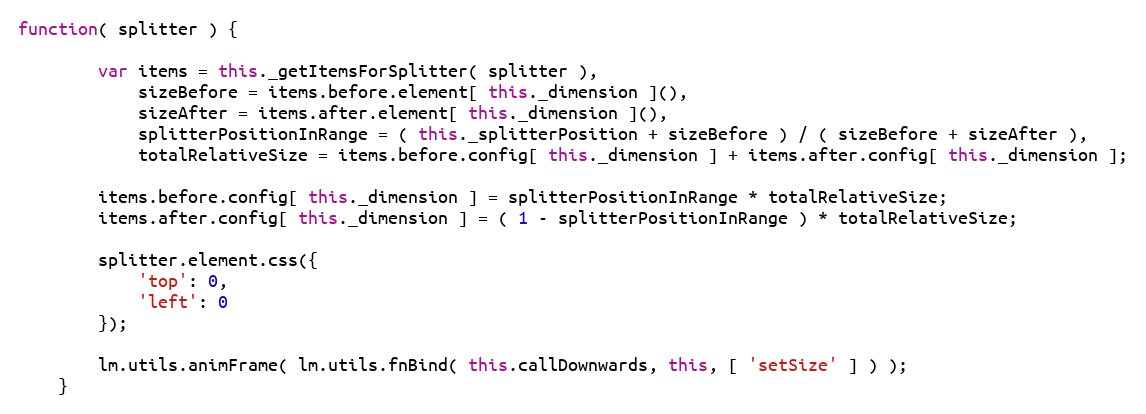
Language: JavaScript
function( splitter ) {

		var items = this._getItemsForSplitter( splitter ),
			sizeBefore = items.before.element[ this._dimension ](),
			sizeAfter = items.after.element[ this._dimension ](),
			splitterPositionInRange = ( this._splitterPosition + sizeBefore ) / ( sizeBefore + sizeAfter ),
			totalRelativeSize = items.before.config[ this._dimension ] + items.after.config[ this._dimension ];

		items.before.config[ this._dimension ] = splitterPositionInRange * totalRelativeSize;
		items.after.config[ this._dimension ] = ( 1 - splitterPositionInRange ) * totalRelativeSize;

		splitter.element.css({
			'top': 0,
			'left': 0
		});

		lm.utils.animFrame( lm.utils.fnBind( this.callDownwards, this, [ 'setSize' ] ) );
	}